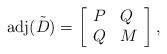
LaTeX: \begin{align*}{\rm adj}(\tilde D )=\left[\begin{array}{ll} P & Q \\ Q &M \end{array} \right], \end{align*}